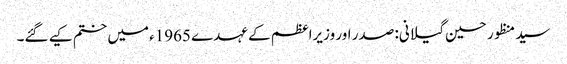
سید منظور حسین گیلانی: صدر اور وزیراعظم کے عہدے 1965ء میں ختم کیے گئے۔